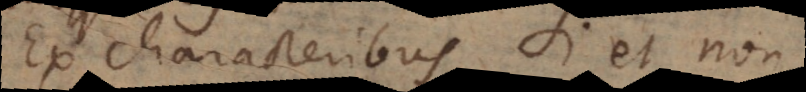
Ex characteribus Si et non